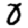
Digit: 0